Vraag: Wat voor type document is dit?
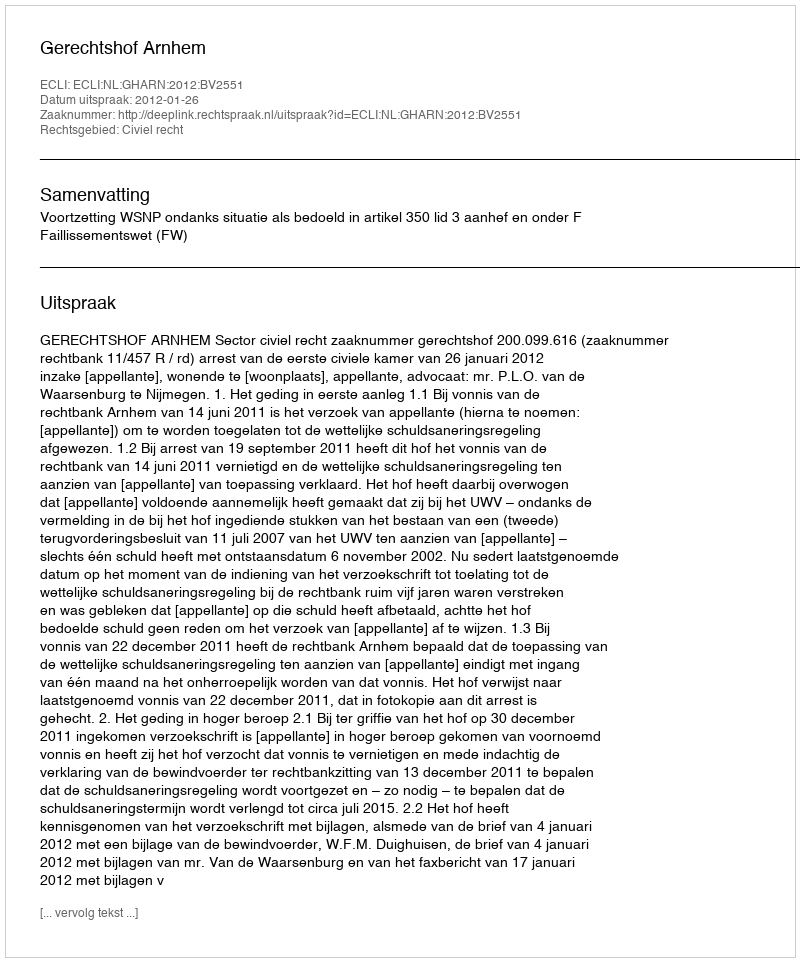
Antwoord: Uitspraak